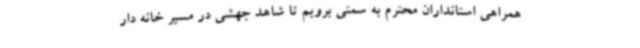
همراهی استانداران محترم به سمتی برویم تا شاهد جهشی در مسیر خانه دار